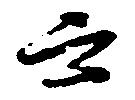
云